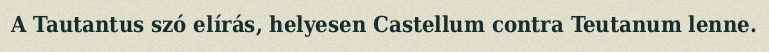
A Tautantus szó elírás, helyesen Castellum contra Teutanum lenne.